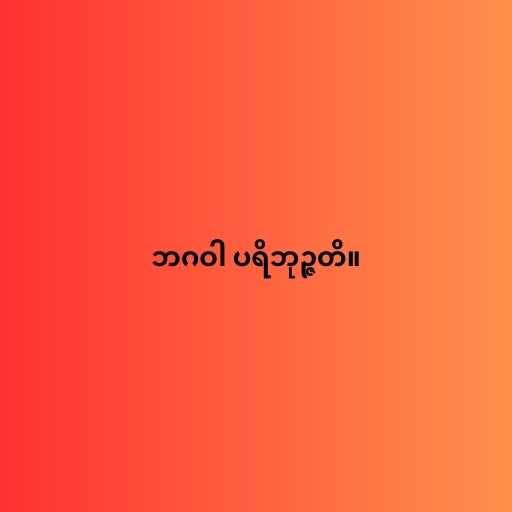
ဘဂဝါ ပရိဘုဉ္ဇတိ။